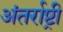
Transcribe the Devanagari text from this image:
अंतर्राष्ट्री